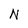
Character: N